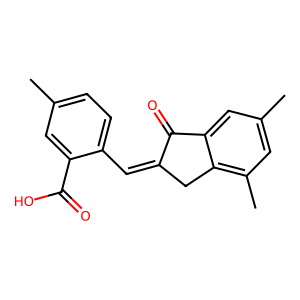
SMILES: Cc1ccc(C=C2Cc3c(C)cc(C)cc3C2=O)c(C(=O)O)c1
Inhibits HIV replication: No